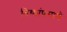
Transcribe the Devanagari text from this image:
तिथ्यांप्रमाणे